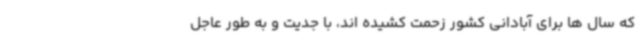
که سال ها برای آبادانی کشور زحمت کشیده اند، با جدیت و به طور عاجل